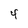
Character: 4